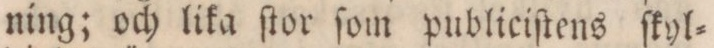
ning; och lika ſtor ſom publiciſtens ſkyl=